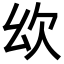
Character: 𣢄